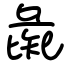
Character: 彘